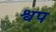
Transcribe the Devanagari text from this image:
श्वप